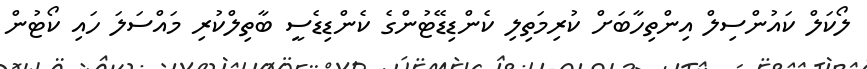
ލޯކަލް ކައުންސިލް އިންތިހާބަށް ކުރިމަތިލި ކެންޑިޑޭޓުންގެ ކެންޑިޑެސީ ބާތިލްކުރި މައްސަލަ ހައި ކޯޓުން